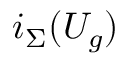
i _ { \Sigma } ( U _ { g } )